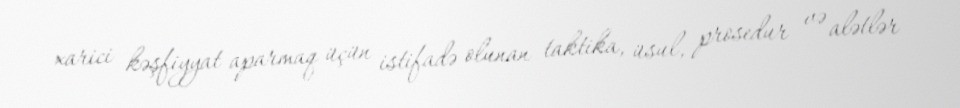
xarici kəşfiyyat aparmaq üçün istifadə olunan taktika, üsul, prosedur və alətlər